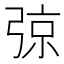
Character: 弶